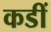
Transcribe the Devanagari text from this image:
कडीं